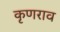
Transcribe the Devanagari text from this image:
कृणराव